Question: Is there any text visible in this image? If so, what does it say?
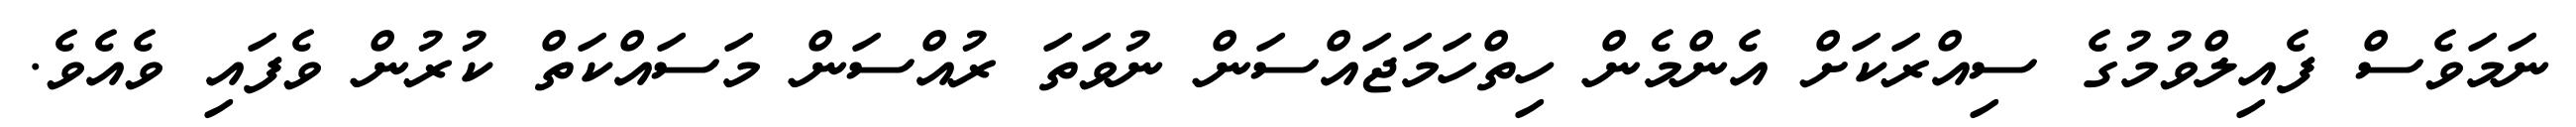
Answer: ނަމަވެސް ފެއިލްވުމުގެ ސިއްރަކަށް އެންމެން ހިތްހަމަޖައްސަން ނުވަތަ ރުއްސަން މަސައްކަތް ކުރުން ވެފައި ވެއެވެ.